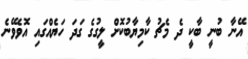
އޭނާ ބުނީ ބާކީ ދެ މެޗު ކާމިޔާބުކޮށް ލީގުގެ ގަދަ ހަޔެއްގައި އޮވެވޭނެ